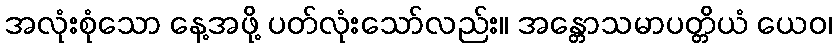
အလုံးစုံသော နေ့အဖို့ ပတ်လုံးသော်လည်း။ အန္တောသမာပတ္တိယံ ယေဝ၊